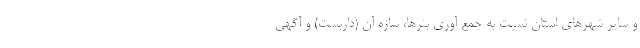
و سایر شهرهای استان نسبت به جمع آوری بنرها، سازه آن (داربست) و آگهی